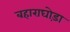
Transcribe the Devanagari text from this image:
बहाराघोड़ा